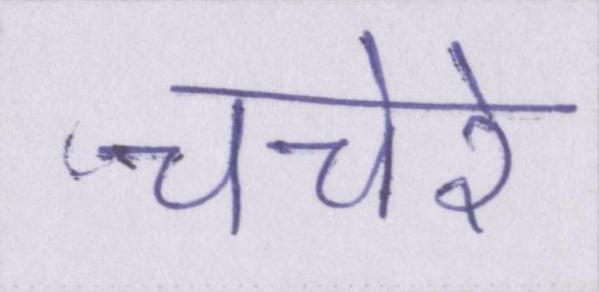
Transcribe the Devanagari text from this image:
चचेरे